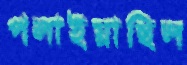
পলাইয়াছিল